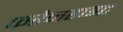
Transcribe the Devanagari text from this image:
फरेनहाइट